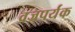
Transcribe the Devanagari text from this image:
वज्रपर्यंक